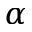
\alpha